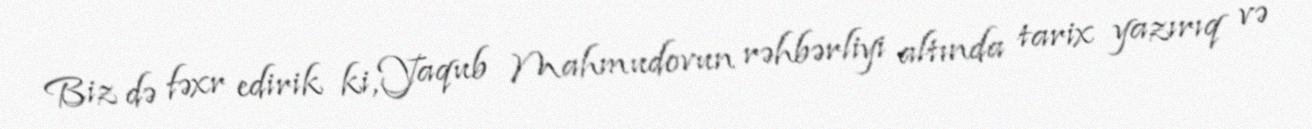
Biz də fəxr edirik ki, Yaqub Mahmudovun rəhbərliyi altında tarix yazırıq və